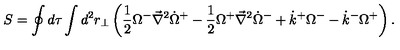
S = \oint d \tau \int d ^ { 2 } r _ { \perp } \left( { \frac { 1 } { 2 } } { \Omega } ^ { - } { \vec { \nabla } } ^ { 2 } { \dot { \Omega } } ^ { + } - { \frac { 1 } { 2 } } { \Omega } ^ { + } { \vec { \nabla } } ^ { 2 } { \dot { \Omega } } ^ { - } + { \dot { k } } ^ { + } { \Omega } ^ { - } - { \dot { k } } ^ { - } { \Omega } ^ { + } \right) .